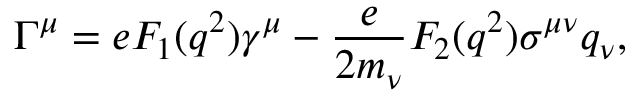
\Gamma ^ { \mu } = e F _ { 1 } ( q ^ { 2 } ) \gamma ^ { \mu } - \frac { e } { 2 m _ { \nu } } F _ { 2 } ( q ^ { 2 } ) \sigma ^ { \mu \nu } q _ { \nu } ,